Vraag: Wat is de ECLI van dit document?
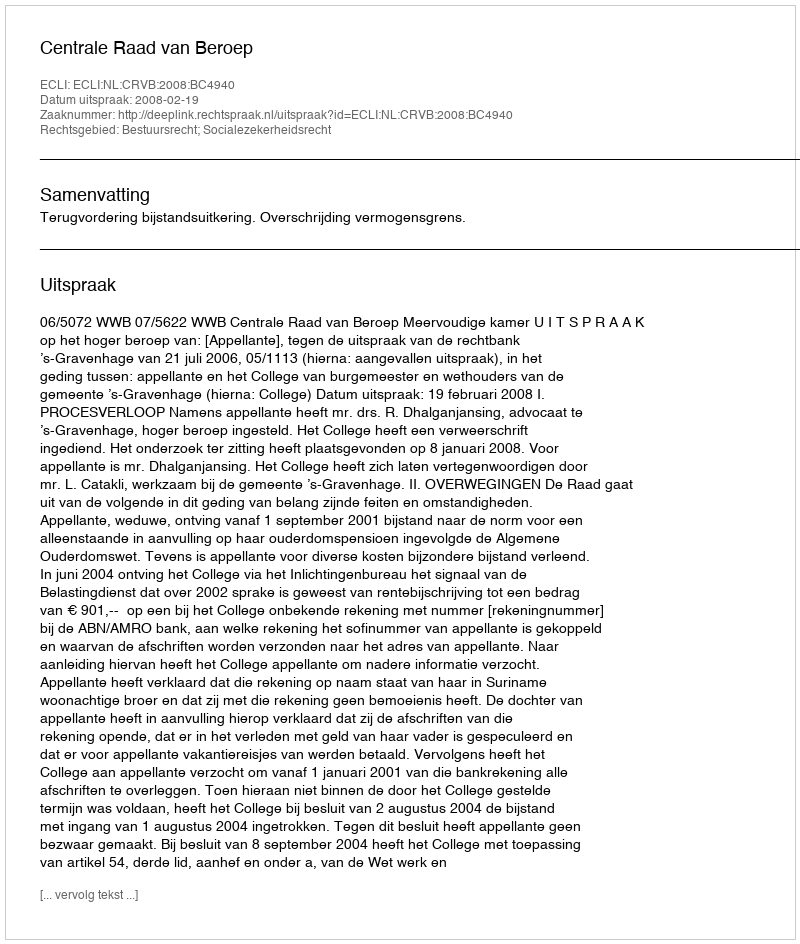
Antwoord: ECLI:NL:CRVB:2008:BC4940